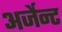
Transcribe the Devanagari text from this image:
अर्जेन्ट